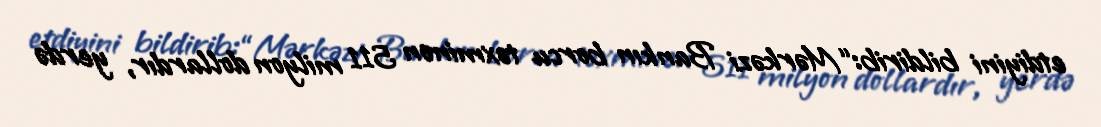
etdiyini bildirib:“Mərkəzi Bankın borcu təxminən 511 milyon dollardır, yerdə